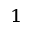
^ { 1 }